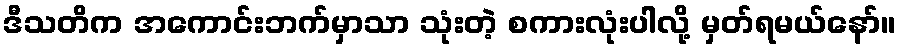
ဒီသတိက အကောင်းဘက်မှာသာ သုံးတဲ့ စကားလုံးပါလို့ မှတ်ရမယ်နော်။